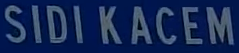
SIDI KACEM